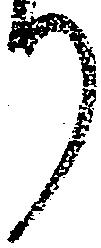
り